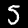
Digit: 5